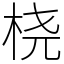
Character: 桡